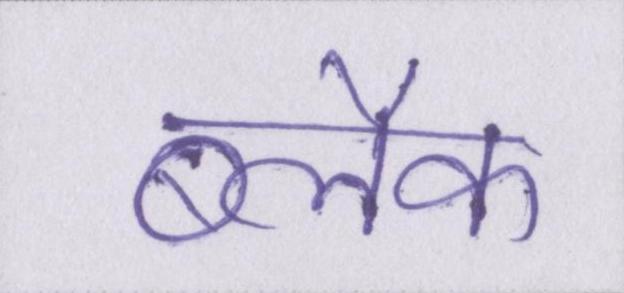
ब्लैक